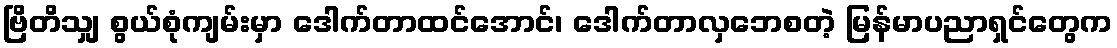
ဗြိတိသျှ စွယ်စုံကျမ်းမှာ ဒေါက်တာထင်အောင်၊ ဒေါက်တာလှဘေစတဲ့ မြန်မာပညာရှင်တွေက